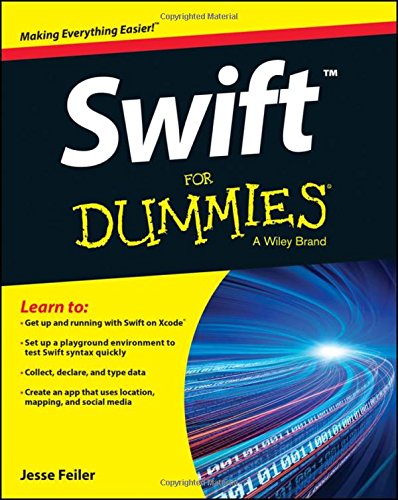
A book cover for Swift For Dummies; Jesse Feiler; Computers & Technology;